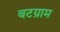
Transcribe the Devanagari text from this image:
बटग्राम